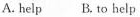
A. help B. To help